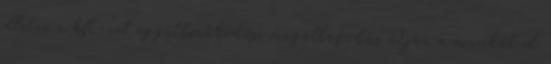
illetve a kft-vel együttműködési megállapodás útján a munkát el